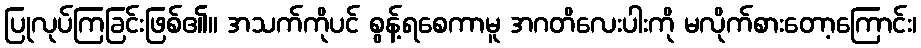
ပြုလုပ်ကြခြင်းဖြစ်၏။ အသက်ကိုပင် စွန့်ရစေကာမူ အဂတိလေးပါးကို မလိုက်စားတော့ကြောင်း၊